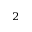
^ 2